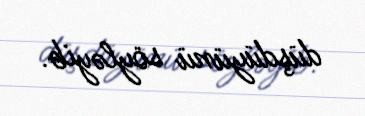
düşdüyünü söyləyib.